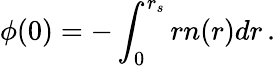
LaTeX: \phi(0)=-\int_{0}^{r_{s}}rn(r)dr\, .